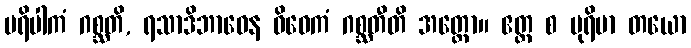
ပရိပါကံ ဂစ္ဆတိ, ရသာဒိဘာဝေန ဝိဝေကံ ဂစ္ဆတီတိ အတ္ထော။ ဧတ္ထ စ ပုရိမာ တယော